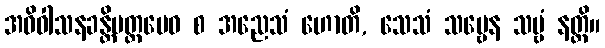
အဓိဝါသနခန္တိမတ္တမေဝ စ အညေသံ ဟောတိ, သေသံ သဗ္ဗေန သဗ္ဗံ နတ္ထိ။